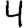
Digit: 4